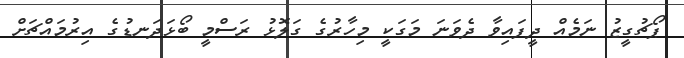
ޕޯޗުގީޒު ނަމެއް ދީފައިވާ ދެވަނަ މަގަކީ މިހާރުގެ ގަލޮޅު ރަސްމީ ބޯޅަދަނޑުގެ އިރުމައްޗަށް